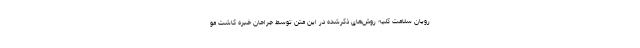
رویان سلامت کلیه روش‌های ذکرشده در این متن توسط جراحان خبره کاشت مو